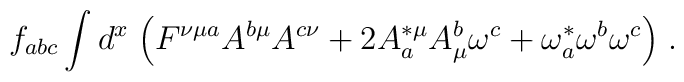
f_{abc}\int d^x\;\Big(F^{\nu\mu a } A^{b\mu}A^{c\nu}+2A^{*\mu }_aA^b_\mu\omega^c+\omega^*_a\omega^b\omega^c\Big)\;.